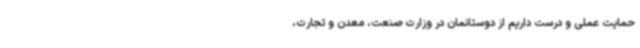
حمایت عملی و درست داریم از دوستانمان در وزارت صنعت، معدن و تجارت،